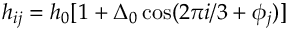
h _ { i j } = h _ { 0 } [ 1 + \Delta _ { 0 } \cos ( 2 \pi i / 3 + \phi _ { j } ) ]